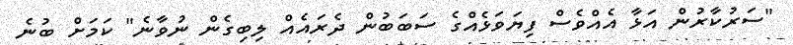
"ސަރުކާރުން އަޅާ އެއްވެސް ފިޔަވަޅެއްގެ ސަބަބުން ދެރައެއް ލިބިގެން ނުވާނެ" ކަމަށް ބުނެ